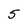
Character: 5